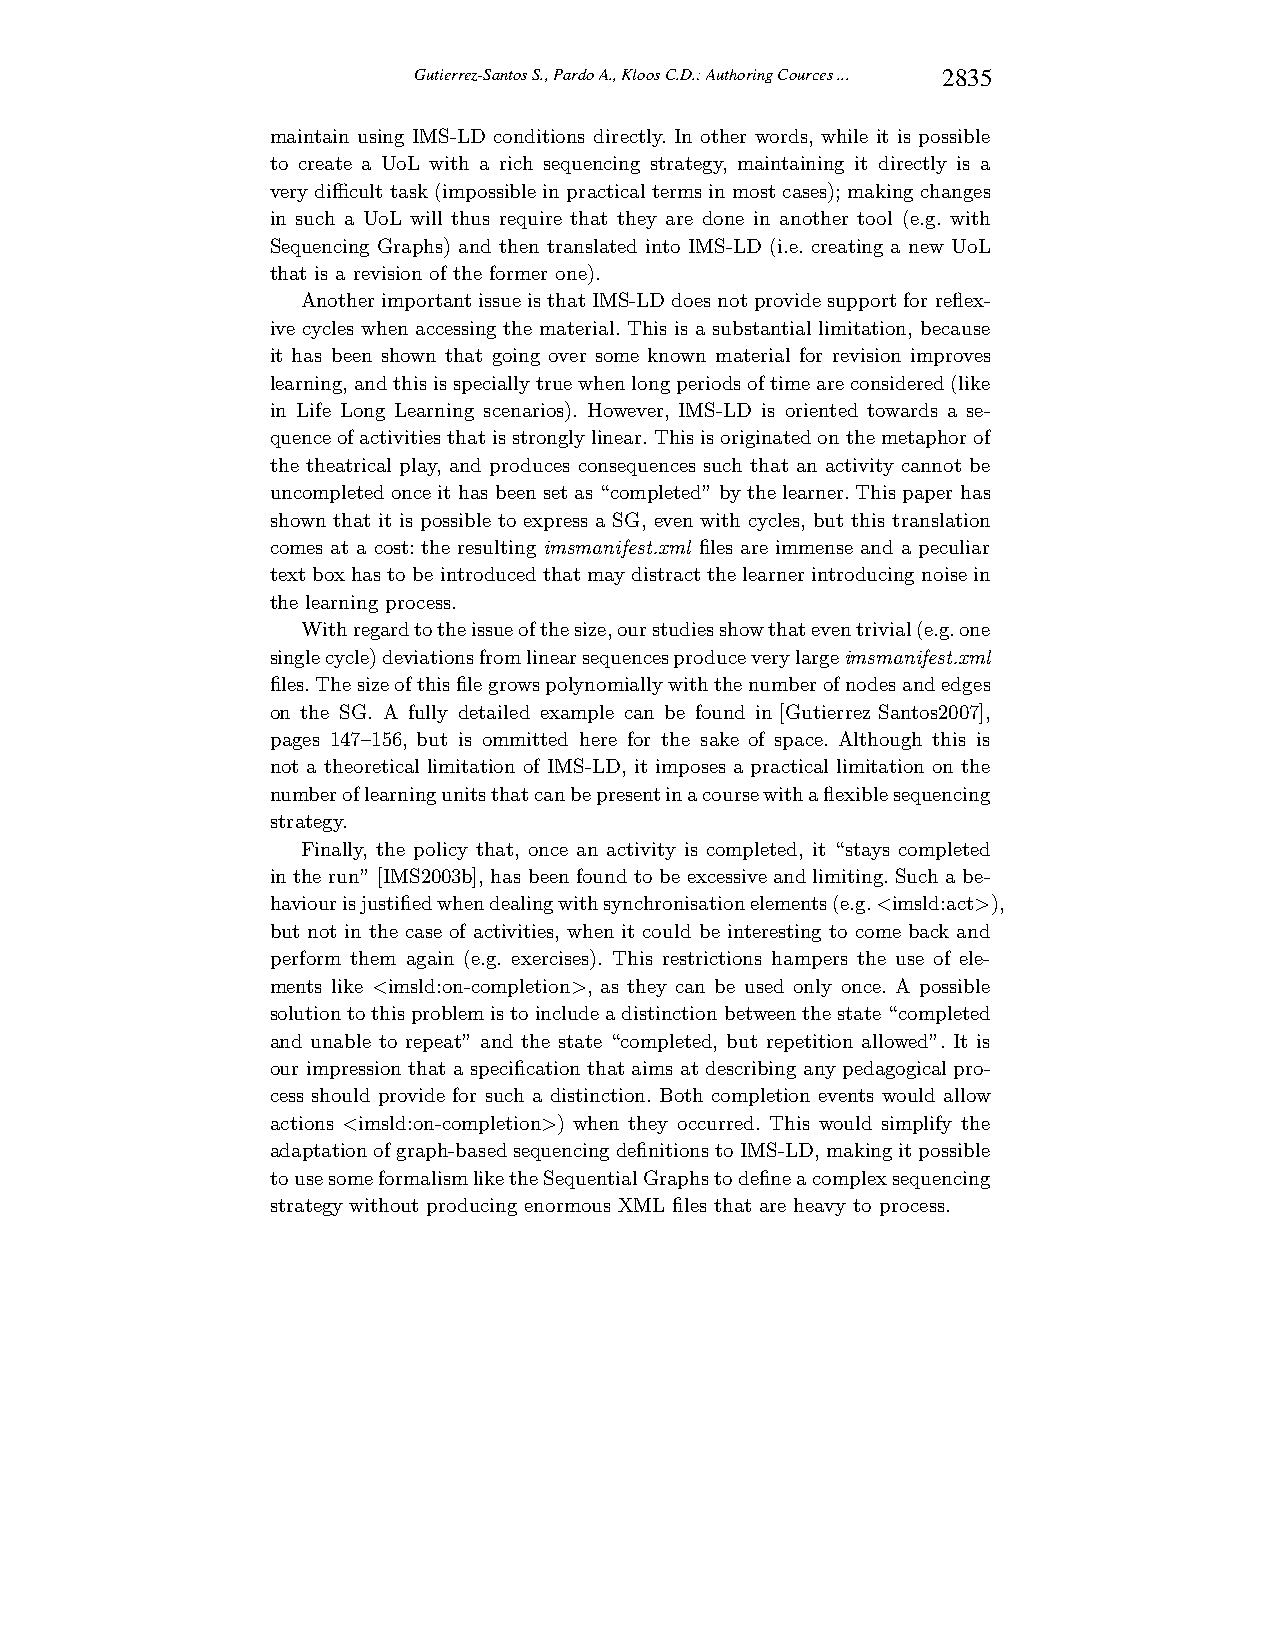
Gutierrez-Santos S., Pardo A., Kloos C.D.: Authoring Cources ... 2835
 maintain using IMS-LD conditions directly. In other words, while it is possible
 to create a UoL with a rich sequencing strategy, maintaining it directly is a
 verydifficult task (impossible in practicalterms inmostcases);makingchanges
 in such a UoL will thus require that they are done in another tool (e.g. with
 Sequencing Graphs) and then translated into IMS-LD (i.e. creating a new UoL
 that is a revision of the former one).
 AnotherimportantissueisthatIMS-LDdoesnotprovidesupportforreflex-
 ive cycles when accessing the material. This is a substantial limitation, because
 it has been shown that going over some known material for revision improves
 learning,andthisisspeciallytruewhenlongperiodsoftimeareconsidered(like
 in Life Long Learning scenarios). However, IMS-LD is oriented towards a se-
 quenceofactivitiesthatisstronglylinear.Thisisoriginatedonthe metaphorof
 the theatrical play, and produces consequences such that an activity cannot be
 uncompletedonceit hasbeensetas“completed”by the learner.This paper has
 shown that it is possible to express a SG, even with cycles, but this translation
 comes at a cost: the resulting imsmanifest.xml files are immense and a peculiar
 textbox hasto be introducedthatmaydistractthe learnerintroducingnoise in
 the learning process.
 Withregardtotheissueofthesize,ourstudiesshowthateventrivial(e.g.one
 singlecycle)deviationsfromlinearsequencesproduceverylargeimsmanifest.xml
 files.Thesizeofthisfilegrowspolynomiallywiththenumberofnodesandedges
 on the SG. A fully detailed example can be found in[Gutierrez Santos2007],
 pages 147–156, but is ommitted here for the sake of space. Although this is
 not a theoretical limitation of IMS-LD, it imposes a practical limitation on the
 numberoflearningunitsthatcanbepresentinacoursewithaflexiblesequencing
 strategy.
 Finally, the policy that, once an activity is completed, it “stays completed
 in the run”[IMS2003b], has been found to be excessiveandlimiting. Such a be-
 haviourisjustifiedwhendealingwithsynchronisationelements(e.g.<imsld:act>),
 but not in the case of activities, when it could be interesting to come back and
 perform them again (e.g. exercises). This restrictions hampers the use of ele-
 ments like <imsld:on-completion>, as they can be used only once. A possible
 solutiontothisproblemistoincludeadistinctionbetweenthestate“completed
 and unable to repeat” and the state “completed, but repetition allowed”. It is
 our impressionthat a specification thataims atdescribing anypedagogicalpro-
 cess should provide for such a distinction. Both completion events would allow
 actions <imsld:on-completion>) when they occurred. This would simplify the
 adaptationofgraph-basedsequencingdefinitions toIMS-LD,makingitpossible
 tousesomeformalismliketheSequentialGraphstodefineacomplexsequencing
 strategy without producing enormous XML files that are heavy to process.